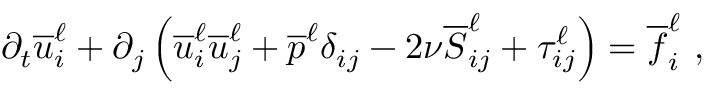
\partial _ { t } \overline { { u } } _ { i } ^ { \ell } + \partial _ { j } \left( \overline { { u } } _ { i } ^ { \ell } \overline { { u } } _ { j } ^ { \ell } + \overline { { p } } ^ { \ell } \delta _ { i j } - 2 \nu \overline { { S } } _ { i j } ^ { \ell } + \tau _ { i j } ^ { \ell } \right) = \overline { { f } } _ { i } ^ { \ell } \ ,